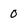
Character: 0